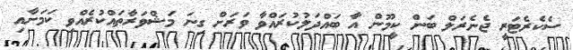
ސެކެރެޓަރީ ޖެނެރަލް ބަން ކީމޫން އާ ބައްދަލުކުރައްވާ ވަރަށް ގިނަ މަޝްވަރާތައްކުރެއްވި ކަމަށާއި